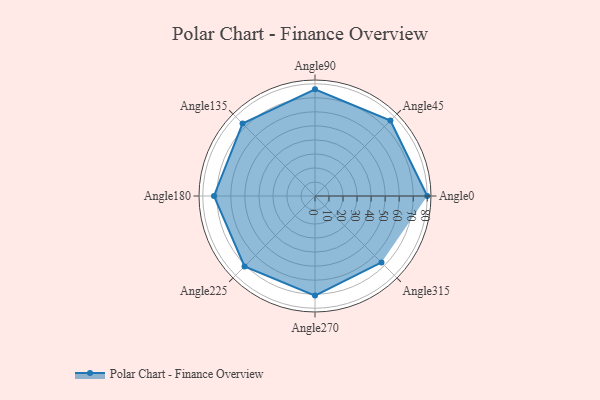
{"axis": {"x": "Angle", "y": "Radius"}, "legend": [""], "data": [{"x": "Angle0", "y": 80.0, "type": ""}, {"x": "Angle45", "y": 76.0, "type": ""}, {"x": "Angle90", "y": 76.0, "type": ""}, {"x": "Angle135", "y": 73.0, "type": ""}, {"x": "Angle180", "y": 72.0, "type": ""}, {"x": "Angle225", "y": 71.0, "type": ""}, {"x": "Angle270", "y": 71.0, "type": ""}, {"x": "Angle315", "y": 67.0, "type": ""}]}